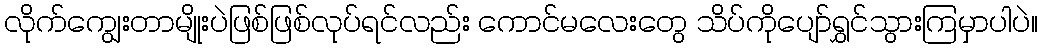
လိုက်ကျွေးတာမျိုးပဲဖြစ်ဖြစ်လုပ်ရင်လည်း ကောင်မလေးတွေ သိပ်ကိုပျော်ရွှင်သွားကြမှာပါပဲ။